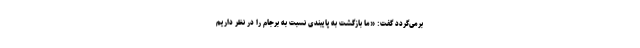
برمی‌گردد گفت: «ما بازگشت به پایبندی نسبت به برجام را در نظر داریم